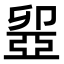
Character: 𠨣